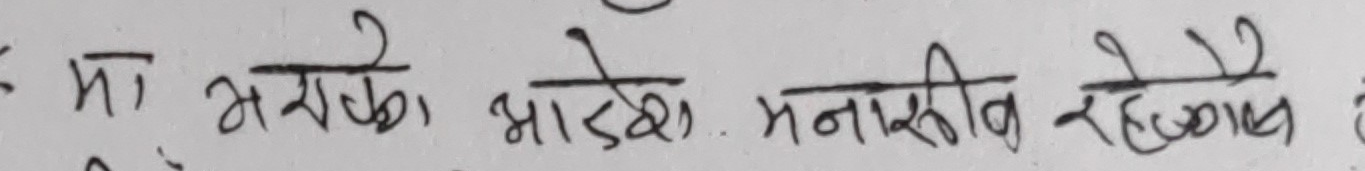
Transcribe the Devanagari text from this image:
मा मराठे भाडे मनासीब रहेछन्